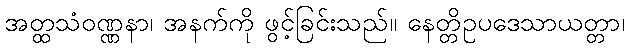
အတ္ထသံဝဏ္ဏနာ၊ အနက်ကို ဖွင့်ခြင်းသည်။ နေတ္တိဥပဒေသာယတ္တာ၊